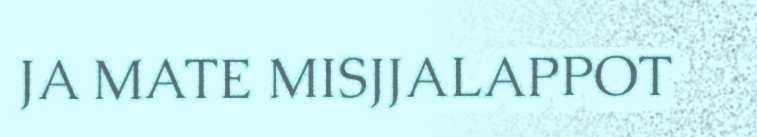
JA MATE MISJJALAPPOT